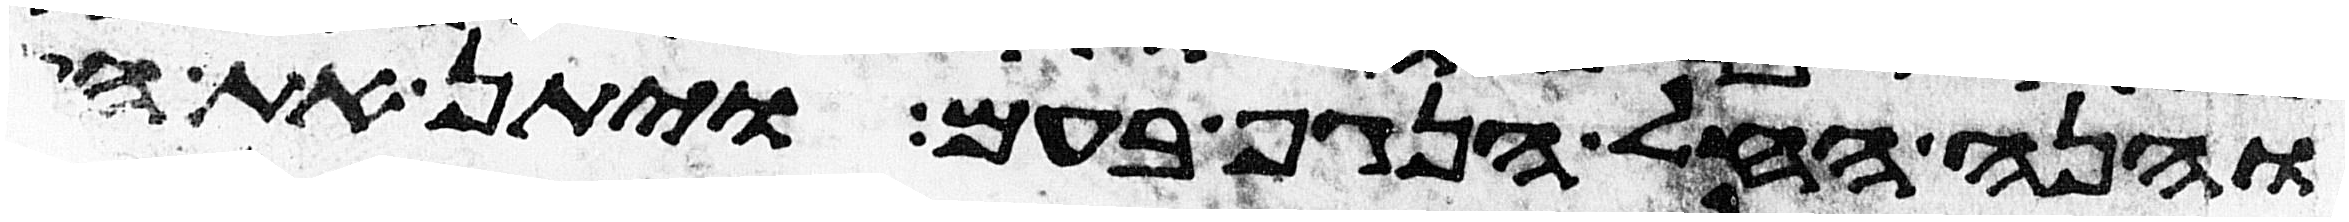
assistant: והנה החל הנגף בעם ויתן את